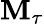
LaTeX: \mathbf{M}_{\tau}